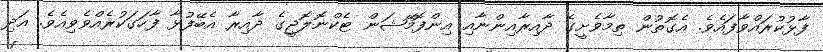
ފާޅުކުރައްވާފައެވެ. އެގޮތުން ތިމާވެށީގެ ދާއިރާއިންނާއި އިންފޮމޭޝަން ޓެކްނޮލޮޖީގެ ދާއިރާ އެބޭފުޅާ ފާހަގަކުރެއްވެވިއެވެ. އަދި